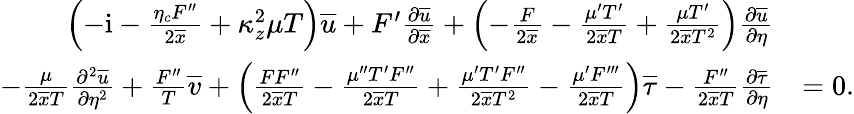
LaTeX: \begin{array}{rl}{\left(-\mathrm{i}-\frac{\eta_{c}F^{\prime\prime}}{2\overline{{x}}}+\kappa_{z}^{2}\mu T\right)\overline{{u}}+F^{\prime}\frac{\partial\overline{{u}}}{\partial\overline{{x}}}+\left(-\frac{F}{2\overline{{x}}}-\frac{\mu^{\prime}T^{\prime}}{2\overline{{x}}T}+\frac{\mu T^{\prime}}{2\overline{{x}}T^{2}}\right)\frac{\partial\overline{{u}}}{\partial\eta}}&{}\\ {-\frac{\mu}{2\overline{{x}}T}\frac{\partial^{2}\overline{{u}}}{\partial\eta^{2}}+\frac{F^{\prime\prime}}{T}\overline{{v}}+\left(\frac{FF^{\prime\prime}}{2\overline{{x}}T}-\frac{\mu^{\prime\prime}T^{\prime}F^{\prime\prime}}{2\overline{{x}}T}+\frac{\mu^{\prime}T^{\prime}F^{\prime\prime}}{2\overline{{x}}T^{2}}-\frac{\mu^{\prime}F^{\prime\prime\prime}}{2\overline{{x}}T}\right)\overline{{\tau}}-\frac{F^{\prime\prime}}{2\overline{{x}}T}\frac{\partial\overline{{\tau}}}{\partial\eta}}&{=0.}\end{array}